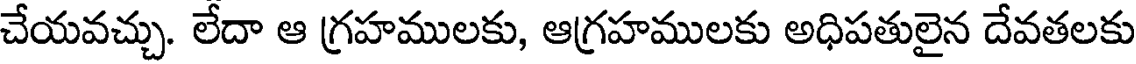
చేయవచ్చు. లేదా ఆ గ్రహములకు, ఆగ్రహములకు అధిపతులైన దేవతలకు